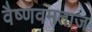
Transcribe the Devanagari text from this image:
वैष्णवमताज